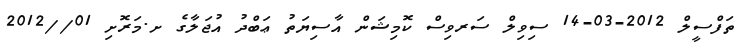
ތަފްސީލް 2012-03-14 ސިވިލް ސަރވިސް ކޮމިޝަން އާސިޔަތު ޢަބްދު އުޖަލާގެ ށ.މަރޮށި 01//2012